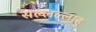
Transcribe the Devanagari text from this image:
सल्लल्लाहु